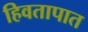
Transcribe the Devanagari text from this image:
हिवतापात